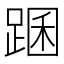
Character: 䠅